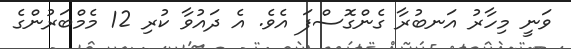
ވަނީ މިހާރު އަނބުރާ ގެންގޮސްފަ އެވެ. އެ ދައުވާ ކުރި 12 މެމްބަރުންގެ